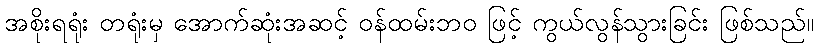
အစိုးရရုံး တရုံးမှ အောက်ဆုံးအဆင့် ဝန်ထမ်းဘဝ ဖြင့် ကွယ်လွန်သွားခြင်း ဖြစ်သည်။